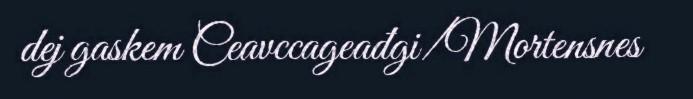
dej gaskem Ceavccageađgi/Mortensnes